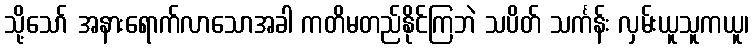
သို့သော် အနားရောက်လာသောအခါ ကတိမတည်နိုင်ကြဘဲ သပိတ် သင်္ကန်း လှမ်းယူသူကယူ၊